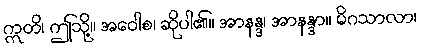
ဣတိ၊ ဤသို့။ အဝေါစ၊ ဆိုပါ၏။ အာနန္ဒ၊ အာနန္ဒာ။ မိဂသာလာ၊